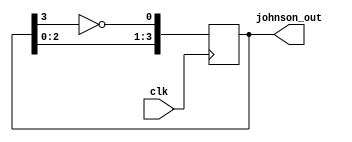
module JohnsonCounter (
  input wire clk,  // 50MHz clock
  output reg [3:0] johnson_out
);

reg [3:0] johnson_reg;

always @(posedge clk) begin
  // Johnson Counter Logic
  johnson_reg <= {johnson_reg[2:0], ~johnson_reg[3]};
end

assign johnson_out = johnson_reg;

endmodule